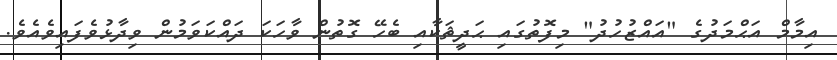
އިމާމް އަޙްމަދުގެ "އައްޒުހުދު" މިފޮތުގައި ޙަދީޘަކާއި ބެހޭ ގޮތުން ވާހަކަ ދައްކަވަމުން ވިދާޅުވެފައިވެއެވެ.